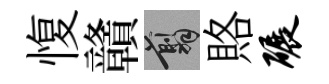
愎贛翦賂碾